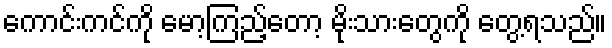
ကောင်းကင်ကို မော့ကြည့်တော့ မိုးသားတွေကို တွေ့ရသည်။